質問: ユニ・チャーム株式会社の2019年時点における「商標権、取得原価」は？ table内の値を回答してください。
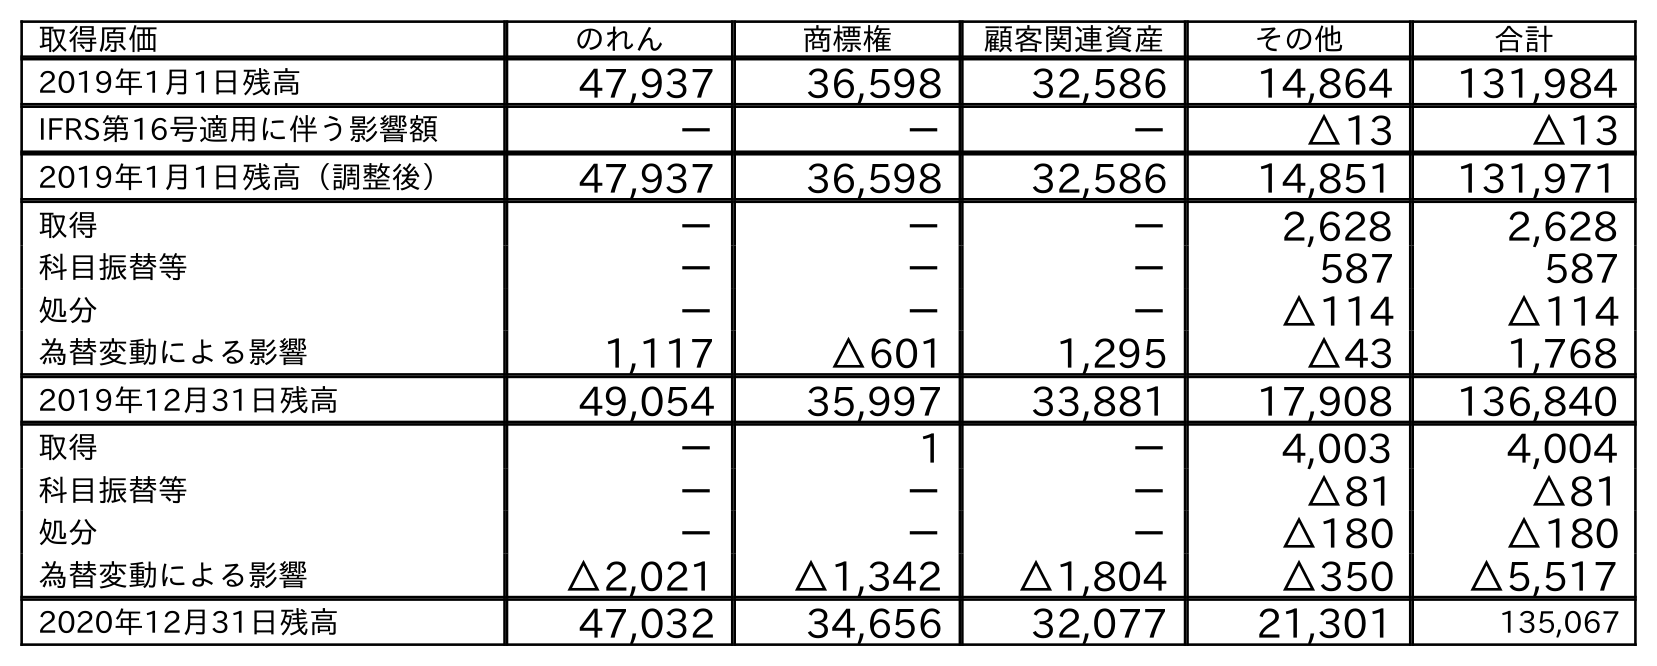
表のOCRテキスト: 取得原価 のれん 商標権 顧客関連資産 その他 合計 2019年1月1日残高 47,937 36,598 32,586 14,864 131,984 IFRS第16号適用に伴う影響額 － － － △13 △13 2019年1月1日残高（調整後） 47,937 36,598 32,586 14,851 131,971 取得 － － － 2,628 2,628 科目振替等 － － － 587 587 処分 － － － △114 △114 為替変動による影響 1,117 △601 1,295 △43 1,768 2019年12月31日残高 49,054 35,997 33,881 17,908 136,840 取得 － 1 － 4,003 4,004 科目振替等 － － － △81 △81 処分 － － － △180 △180 為替変動による影響 △2,021 △1,342 △1,804 △350 △5,517 2020年12月31日残高 47,032 34,656 32,077 21,301 135,067
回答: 35,997